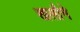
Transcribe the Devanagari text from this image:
खलौने